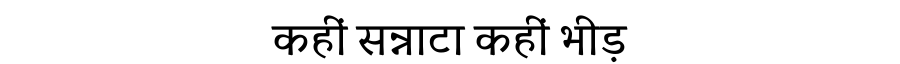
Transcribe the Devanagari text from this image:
कहीं सन्नाटा कहीं भीड़